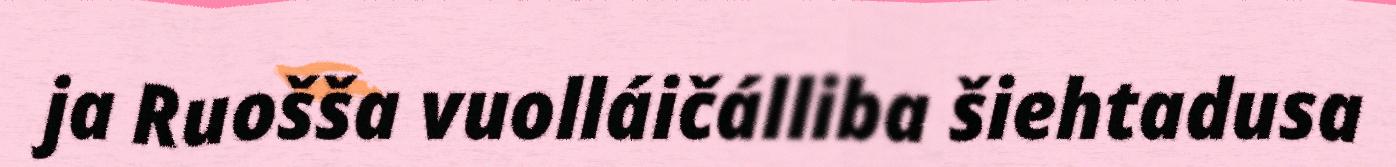
ja Ruošša vuolláičálliba šiehtadusa